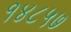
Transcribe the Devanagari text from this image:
१४८५७